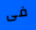
فى